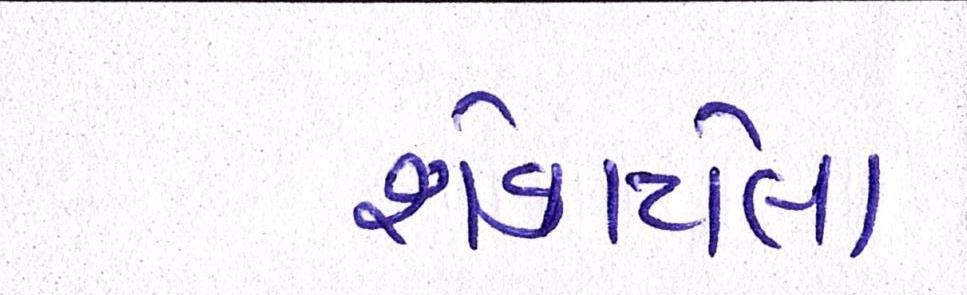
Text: શેકાયેલા